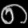
Digit: ၈